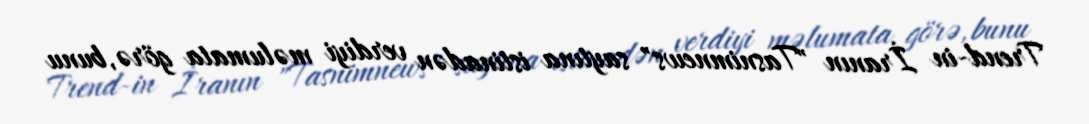
Trend-in İranın "Tasnimnews" saytına istinadən verdiyi məlumata görə, bunu